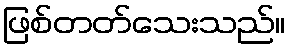
ဖြစ်တတ်သေးသည်။